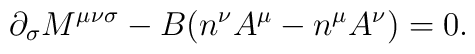
{\partial}_{\sigma}M^{{\mu}{\nu}{\sigma}}-B(n^{\nu}A^{\mu}-n^{\mu}A^{\nu})=0.